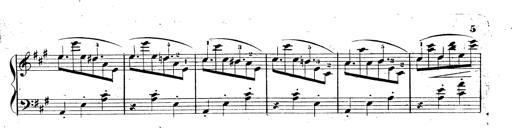
Title: 3 Caprices-Valses
Composer: Franz Liszt